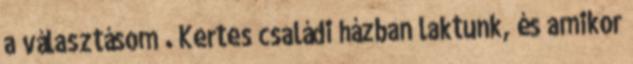
a választásom . Kertes családi házban laktunk, és amikor